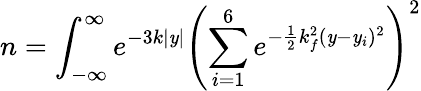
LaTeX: n=\int_{-\infty}^{\infty}e^{-3k|\mathit{y}|}\left(\sum_{i=1}^{6}e^{-\frac{{1}}{{2}}k_{f}^{2}(\mathit{y}-\mathit{y}_{i})^{2}}\right)^{2}